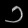
Digit: ၁